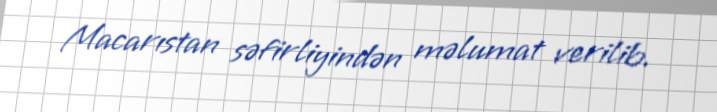
Macarıstan səfirliyindən məlumat verilib.